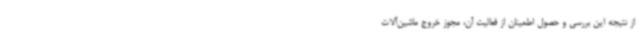
از نتیجه این بررسی و حصول اطمینان از فعالیت آن، مجوز خروج ماشین‌آلات